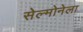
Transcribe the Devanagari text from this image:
सेल्मोनेला